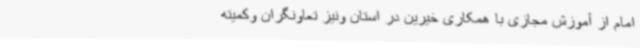
امام از آموزش مجازی با همکاری خیرین در استان ونیز تعاونگران وکمیته